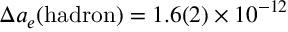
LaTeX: \Delta a _ { e } ( \mathrm { h a d r o n } ) = 1 . 6 ( 2 ) \times 1 0 ^ { - 1 2 }